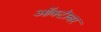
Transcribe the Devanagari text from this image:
आॅक्टॊबर